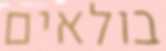
בולאים